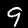
Label: 9